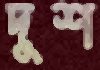
দুশ